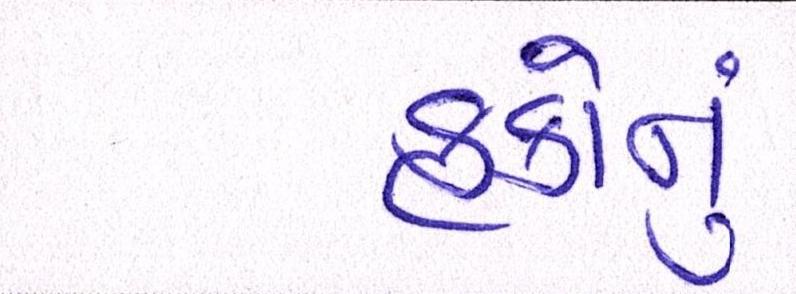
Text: હકોનું